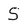
Character: S